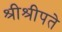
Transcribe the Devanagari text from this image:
श्रीश्रीपते